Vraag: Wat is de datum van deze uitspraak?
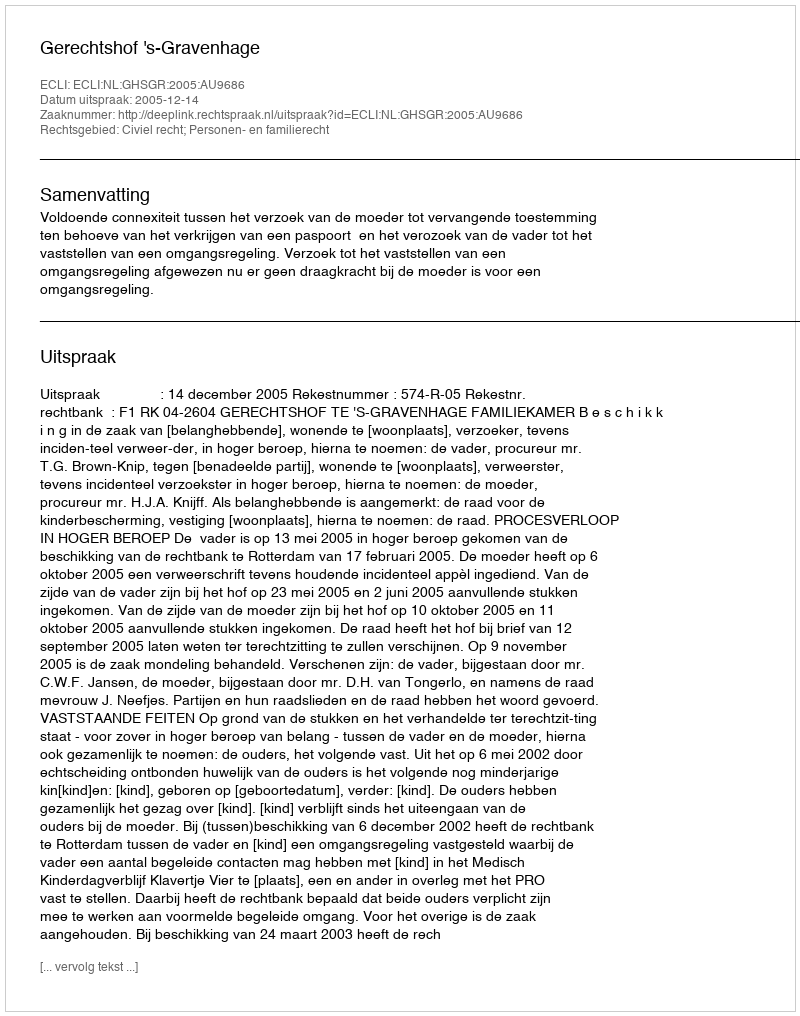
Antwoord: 2005-12-14